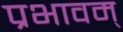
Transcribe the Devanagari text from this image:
प्रभावम्